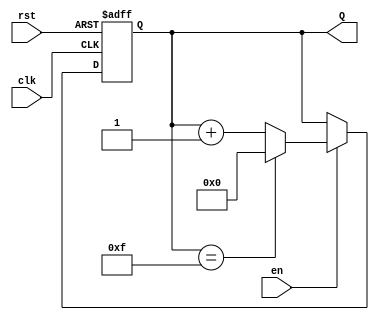
module UpCounterWithEnable #(
    parameter N = 4  // Parameter for the width of the counter (number of bits)
)(
    input wire clk,   // Clock input
    input wire en,    // Enable input
    input wire rst,   // Asynchronous reset input
    output reg [N-1:0] Q  // n-bit output for the count value
);

// Always block triggered on the rising edge of the clock or the asynchronous reset
always @(posedge clk or posedge rst) begin
    if (rst) begin
        Q <= 0;  // Reset the counter to zero
    end else if (en) begin
        Q <= (Q == (1 << N) - 1) ? 0 : Q + 1;  // Increment the counter with rollover
    end
    // If en is low, Q retains its value (no action needed)
end

endmodule